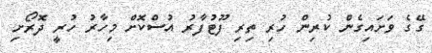
ގޭގެ ވަށައިގެން ކުރިން ހުރި ތިރި ފޫޓުފާރު އުސްކޮށް މިހާރު ހުރީ ދޮރޯށި